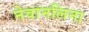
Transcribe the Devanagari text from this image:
नेवानलिना